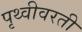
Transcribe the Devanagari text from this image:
पृथ्वीवरती